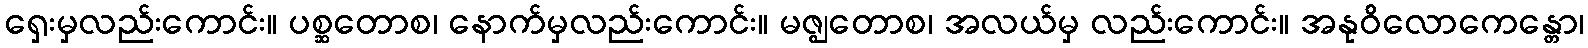
ရှေးမှလည်းကောင်း။ ပစ္ဆတောစ၊ နောက်မှလည်းကောင်း။ မဇ္ဈတောစ၊ အလယ်မှ လည်းကောင်း။ အနုဝိလောကေန္တော၊